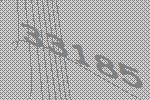
33185